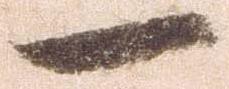
一